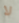
لا